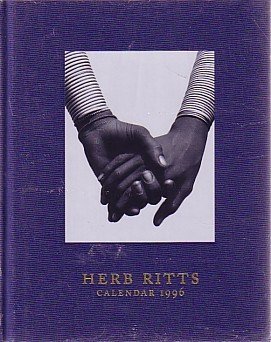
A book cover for Herb Ritts: Calendar 1996; Herb Ritts; Calendars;